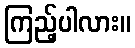
ကြည့်ပါလား။